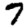
Digit: 7